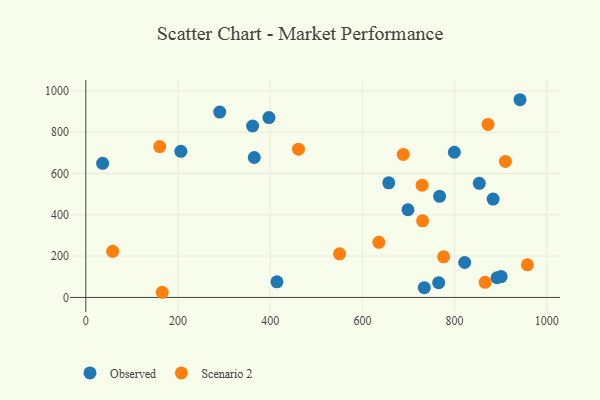
{"axis": {"x": "Experience", "y": "Sales"}, "legend": ["Observed", "Scenario 2"], "data": [{"x": "361.8", "y": 829.7, "type": "Observed"}, {"x": "734.2", "y": 47.1, "type": "Observed"}, {"x": "397.2", "y": 870.3, "type": "Observed"}, {"x": "206.2", "y": 707.0, "type": "Observed"}, {"x": "365.4", "y": 677.2, "type": "Observed"}, {"x": "883.5", "y": 476.0, "type": "Observed"}, {"x": "799.4", "y": 702.6, "type": "Observed"}, {"x": "767.4", "y": 489.1, "type": "Observed"}, {"x": "414.6", "y": 75.8, "type": "Observed"}, {"x": "892.0", "y": 95.2, "type": "Observed"}, {"x": "290.5", "y": 897.2, "type": "Observed"}, {"x": "900.9", "y": 101.0, "type": "Observed"}, {"x": "941.8", "y": 956.8, "type": "Observed"}, {"x": "821.8", "y": 169.2, "type": "Observed"}, {"x": "657.1", "y": 554.8, "type": "Observed"}, {"x": "36.5", "y": 649.1, "type": "Observed"}, {"x": "765.4", "y": 71.4, "type": "Observed"}, {"x": "853.5", "y": 552.0, "type": "Observed"}, {"x": "698.8", "y": 424.3, "type": "Observed"}, {"x": "776.1", "y": 196.5, "type": "Scenario 2"}, {"x": "866.2", "y": 73.0, "type": "Scenario 2"}, {"x": "550.5", "y": 211.2, "type": "Scenario 2"}, {"x": "461.3", "y": 717.5, "type": "Scenario 2"}, {"x": "635.7", "y": 266.9, "type": "Scenario 2"}, {"x": "730.5", "y": 370.6, "type": "Scenario 2"}, {"x": "910.1", "y": 658.2, "type": "Scenario 2"}, {"x": "160.4", "y": 730.3, "type": "Scenario 2"}, {"x": "165.8", "y": 25.0, "type": "Scenario 2"}, {"x": "872.5", "y": 837.3, "type": "Scenario 2"}, {"x": "729.5", "y": 543.1, "type": "Scenario 2"}, {"x": "58.3", "y": 223.3, "type": "Scenario 2"}, {"x": "688.7", "y": 691.9, "type": "Scenario 2"}, {"x": "957.8", "y": 158.0, "type": "Scenario 2"}]}